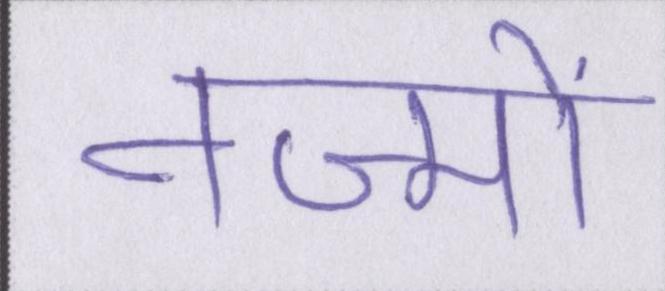
नज्मों